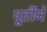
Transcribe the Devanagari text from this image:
पूर्तीने